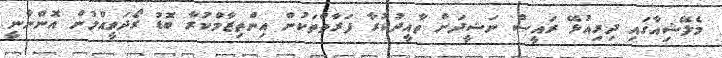
މެލޭޝިއާގައި ދިރިއުޅޭ ރައީސް ނަޝީދަށް ތާއީދުކުރާ ފަރާތްތަކުން އިންތިޒާމްކުރާ ބޮޑު ރޯދަވީއްލުން އޮންނާނީ